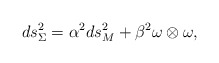
\begin{align*}ds^{2}_{\Sigma}=\alpha^{2} {ds^{2}_{M}} +\beta^{2} \omega \otimes\omega, \end{align*}